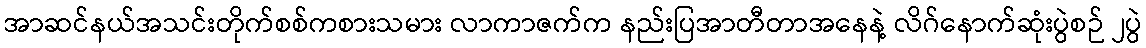
အာဆင်နယ်အသင်းတိုက်စစ်ကစားသမား လာကာဇက်က နည်းပြအာတီတာအနေနဲ့ လိဂ်နောက်ဆုံးပွဲစဉ် ၂ပွဲ